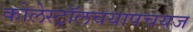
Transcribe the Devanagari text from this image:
कोलेस्ट्रॉलचयापचयज